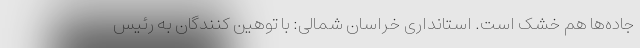
جاده‌ها هم خشک است. استانداری خراسان شمالی: با توهین کنندگان به رئیس